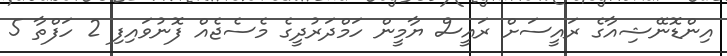
އިންޑޮނޭޝިއާގެ ރައީސަށް ރައީސް ޔާމީން ހަމްދަރުދީގެ މެސެޖެއް ފޮނުވައިފި 2 ހަފްތާ 5